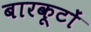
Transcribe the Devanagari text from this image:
बारकूटों